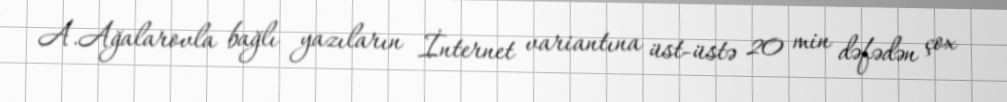
A.Ağalarovla bağlı yazıların İnternet variantına üst-üstə 20 min dəfədən çox